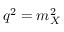
q ^ { 2 } = m _ { X } ^ { 2 }